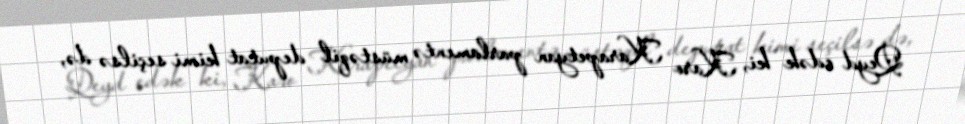
Qeyd edək ki, Karo Karapetyan parlamentə müstəqil deputat kimi seçilsə də,